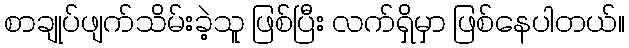
စာချုပ်ဖျက်သိမ်းခဲ့သူ ဖြစ်ပြီး လက်ရှိမှာ ဖြစ်နေပါတယ်။